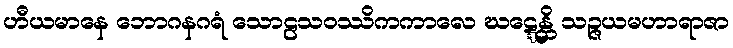
ဟီယမာနေ ဘောဂနဂရံ သောဠသဝဿိကကာလေ ဃဋ္ဋေန္တိ သဉ္ဇယမဟာရာဇာ